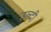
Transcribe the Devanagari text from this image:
उल्दी